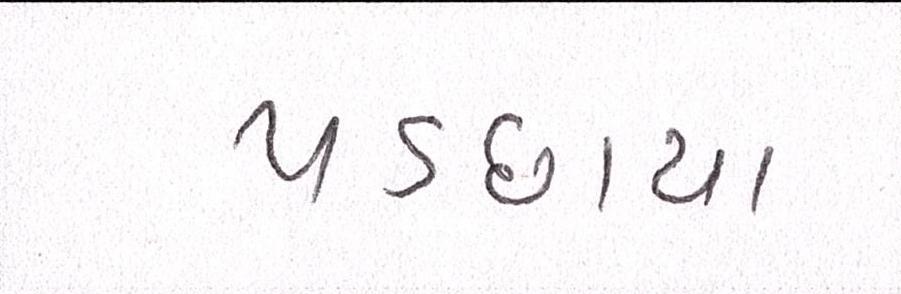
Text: પડછાયા